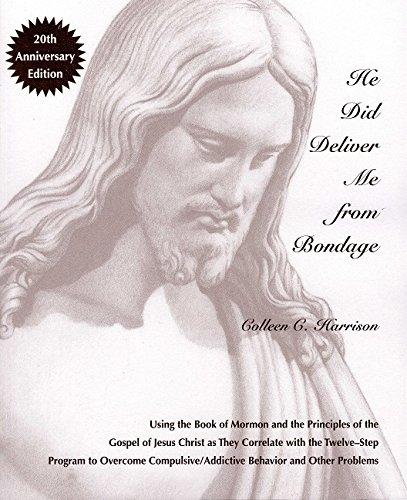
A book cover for He Did Deliver Me From Bondage (20th Anniversary Edition); Colleen C. Harrison; Health, Fitness & Dieting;